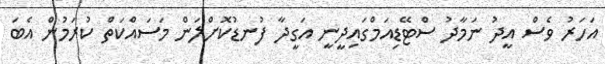
އަހަރު ވެސް އީދު ނަމާދު ސްޓޭޑިއަމްގައިދީނީ އަގީދާ ފުނޑުކޮށްލަން މަސައްކަތް ކުރަމުން އެބަ